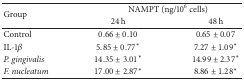
| <ROWSPAN=2> Group | <COLSPAN=2> NAMPT (ng/106 cells) |
 | 24 h | 48 h |
 | --- | --- | --- |
 | Control | 0.66 ± 0.10 | 0.65 ± 0.07 |
 | IL-1β | 5.85 ± 0.77* | 7.27 ± 1.09* |
 | P. gingivalis | 14.35 ± 3.01* | 14.99 ± 2.37* |
 | F. nucleatum | 17.00 ± 2.87* | 8.86 ± 1.28* |